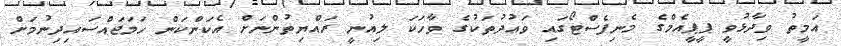
އަމީތު ވިދާޅުވީ ޕީޕީއެމްގެ މެނިފެސްޓޯގައި ވަޢުދުތަކުގެ ވާހަކަ ލިއުނީ ރައްޔިތުންނަށް އެކަންކަން ހަމަޖައްސައިދިނުމަށް